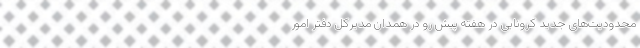
محدودیت‌های جدید کرونایی در هفته پیش رو در همدان مدیرکل دفتر امور